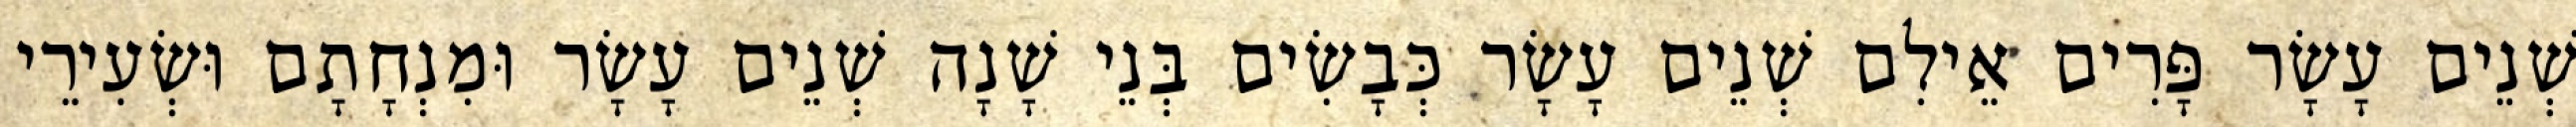
שְׁנֵים עָשָׂר פָּרִים אֵילִם שְׁנֵים עָשָׂר כְּבָשִׂים בְּנֵי שָׁנָה שְׁנֵים עָשָׂר וּמִנְחָתָם וּשְׂעִירֵי